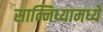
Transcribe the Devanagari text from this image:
सान्निध्यामध्ये